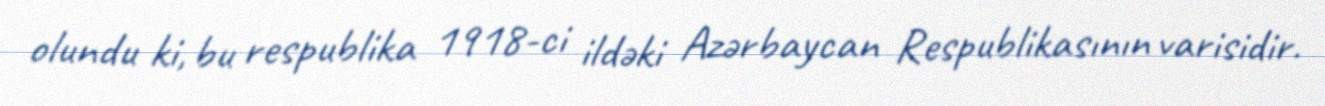
olundu ki, bu respublika 1918-ci ildəki Azərbaycan Respublikasının varisidir.